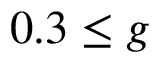
0 . 3 \leq g